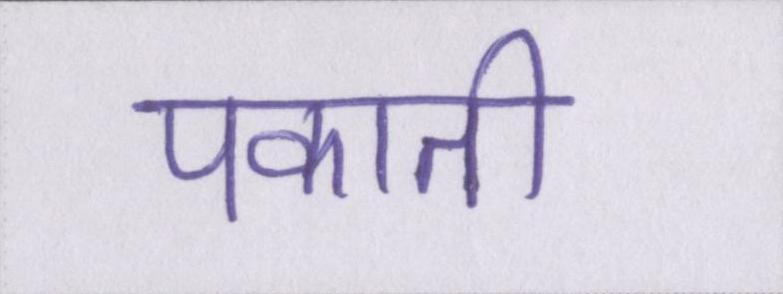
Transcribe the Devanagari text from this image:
पकाती